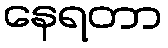
နေရတာ